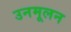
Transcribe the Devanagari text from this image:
उनमूलन